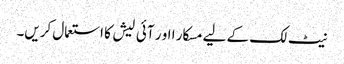
نیٹ لک کے لیے مسکار ا او ر آئی لیش کا استعمال کریں۔